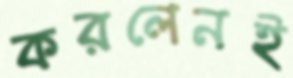
করলেনই